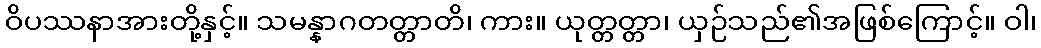
ဝိပဿနာအားတို့နှင့်။ သမန္နာဂတတ္တာတိ၊ ကား။ ယုတ္တတ္တာ၊ ယှဉ်သည်၏အဖြစ်ကြောင့်။ ဝါ၊